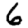
Digit: 6